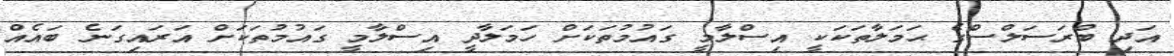
އަދި ބްރަސަލްސްގެ ޙަމަލާތަކަކީ އިސްލާމީ ގައުމުތަކަށް ހަމަލާދީ އިސްލާމީ ގައުމުތަކަށް އަރައިގަނެ ބައެއް